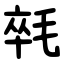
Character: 㲞